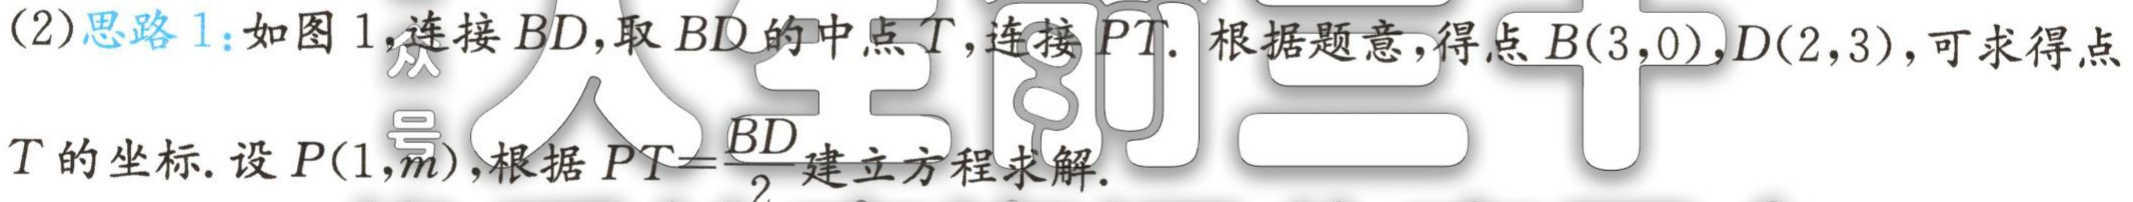
(2)思路1：如图1，连接 \(BD\)，取 \(BD\)的中点 \(T\)，连接 \(PT\). 根据题意，得点 \(B(3,0)\)，\(D(2,3)\)，可求得点 \(T\)的坐标. 设 \(P(1,m)\)，根据 \(PT = \frac{BD}{2}\)建立方程求解.